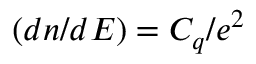
\left( d n / d E \right) = C _ { q } / e ^ { 2 }